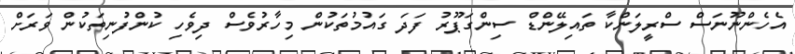
އެހެންނޫނަސް ސްރީލަންކާ ތައިލޭންޑް ސިންގަޕޫރު ފަދަ ގައުމުތަކުން މިހާރުވެސް ދިވެހި ކުންފުނިތަކުން ވަރަށް